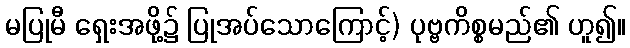
မပြုမီ ရှေးအဖို့၌ ပြုအပ်သောကြောင့်) ပုဗ္ဗကိစ္စမည်၏ ဟူ၍။